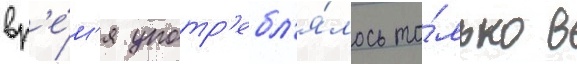
вр'е́м'я употр'ебл'я́лось то́лько в